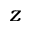
z